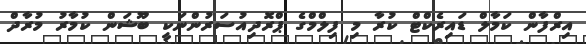
އިރްފާން ކަމާލް ޑައިރެކްޓް ކުރާ މި ފިލްމްގެ ޕްރޮދިއުސަރުންނަކީ ބޫޝަން ކުމާރު މުރާދް